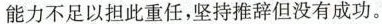
能力不足以担此重任，坚持推辞但没有成功。